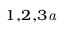
^ { 1 , 2 , 3 } \footnote { e m a i l a d d r e s s : h s c h e n @ p h y . n c u . e d u . t w }